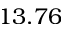
1 3 . 7 6